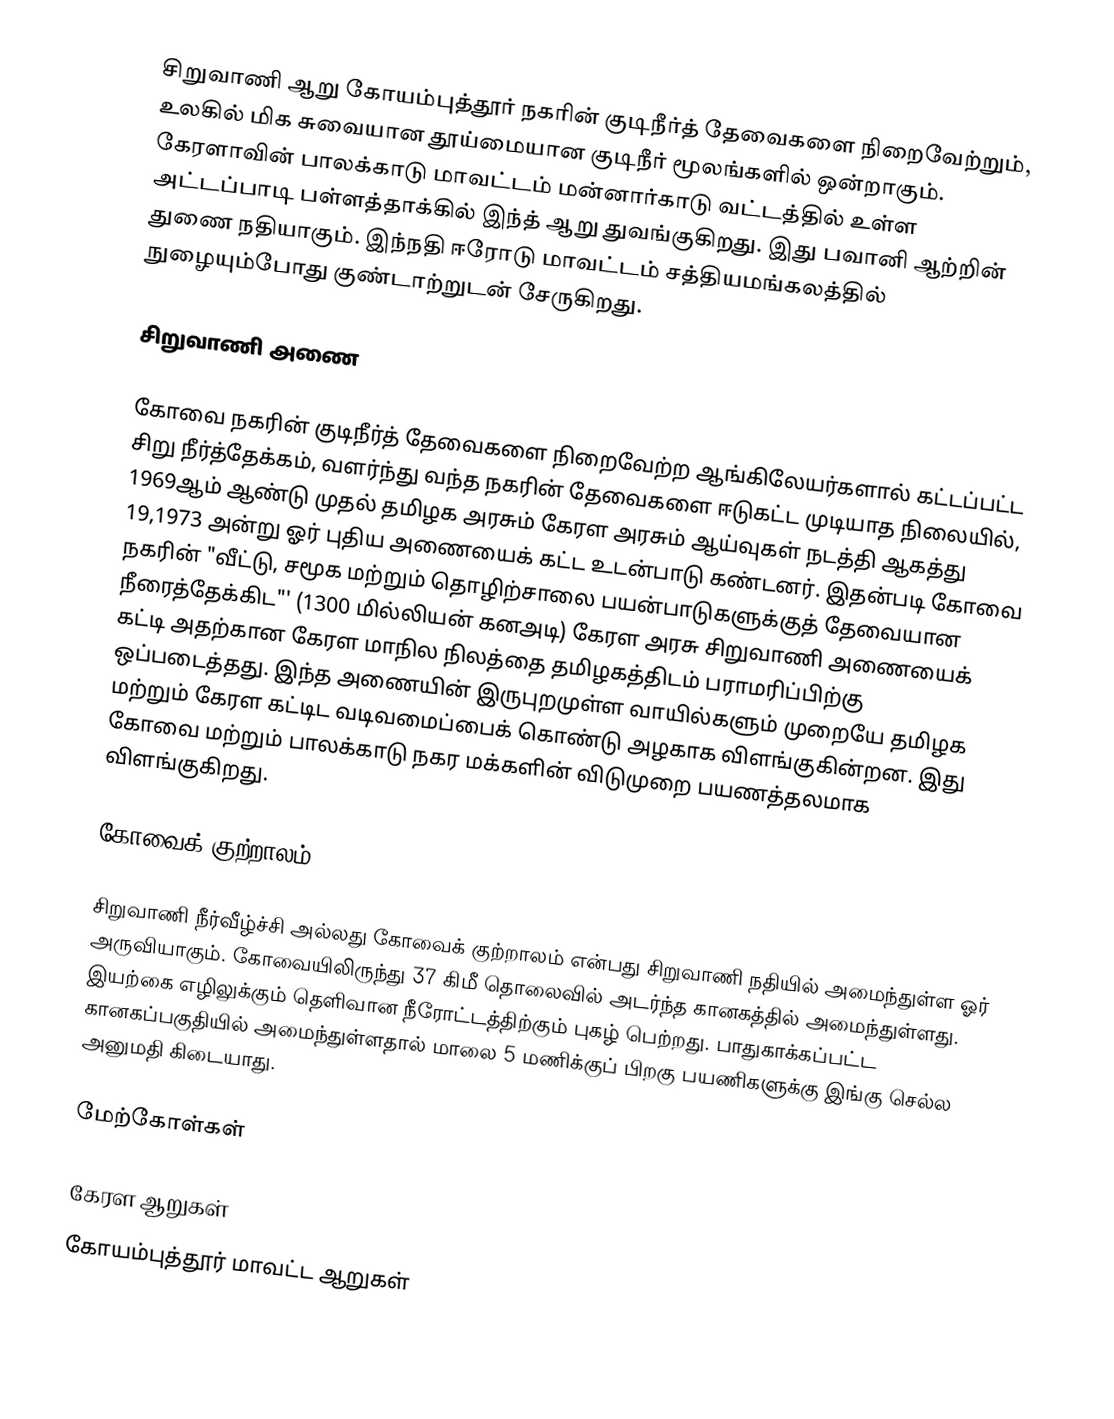
சிறுவாணி ஆறு கோயம்புத்தூர் நகரின் குடிநீர்த் தேவைகளை நிறைவேற்றும், உலகில் மிக சுவையான தூய்மையான குடிநீர் மூலங்களில் ஒன்றாகும். கேரளாவின் பாலக்காடு மாவட்டம் மன்னார்காடு வட்டத்தில் உள்ள அட்டப்பாடி பள்ளத்தாக்கில் இந்த் ஆறு துவங்குகிறது. இது பவானி ஆற்றின் துணை நதியாகும். இந்நதி ஈரோடு மாவட்டம் சத்தியமங்கலத்தில் நுழையும்போது குண்டாற்றுடன் சேருகிறது.

சிறுவாணி அணை

கோவை நகரின் குடிநீர்த் தேவைகளை நிறைவேற்ற ஆங்கிலேயர்களால் கட்டப்பட்ட சிறு நீர்த்தேக்கம், வளர்ந்து வந்த நகரின் தேவைகளை ஈடுகட்ட முடியாத நிலையில், 1969ஆம் ஆண்டு முதல் தமிழக அரசும் கேரள அரசும் ஆய்வுகள் நடத்தி ஆகத்து 19,1973 அன்று ஓர் புதிய அணையைக் கட்ட உடன்பாடு கண்டனர். இதன்படி கோவை நகரின் "வீட்டு, சமூக மற்றும் தொழிற்சாலை பயன்பாடுகளுக்குத் தேவையான நீரைத்தேக்கிட"' (1300 மில்லியன் கனஅடி) கேரள அரசு சிறுவாணி அணையைக் கட்டி அதற்கான கேரள மாநில நிலத்தை தமிழகத்திடம் பராமரிப்பிற்கு ஒப்படைத்தது. இந்த அணையின் இருபுறமுள்ள வாயில்களும் முறையே தமிழக மற்றும் கேரள கட்டிட வடிவமைப்பைக் கொண்டு அழகாக விளங்குகின்றன. இது கோவை மற்றும் பாலக்காடு நகர மக்களின் விடுமுறை பயணத்தலமாக விளங்குகிறது.

கோவைக் குற்றாலம்

சிறுவாணி நீர்வீழ்ச்சி அல்லது கோவைக் குற்றாலம் என்பது சிறுவாணி நதியில் அமைந்துள்ள ஓர் அருவியாகும். கோவையிலிருந்து 37 கிமீ தொலைவில் அடர்ந்த கானகத்தில் அமைந்துள்ளது. இயற்கை எழிலுக்கும் தெளிவான நீரோட்டத்திற்கும் புகழ் பெற்றது. பாதுகாக்கப்பட்ட கானகப்பகுதியில் அமைந்துள்ளதால் மாலை 5 மணிக்குப் பிறகு பயணிகளுக்கு  இங்கு செல்ல அனுமதி கிடையாது.

மேற்கோள்கள்

கேரள ஆறுகள்
கோயம்புத்தூர் மாவட்ட ஆறுகள்